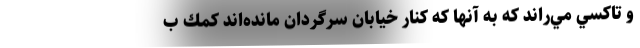
و تاكسي مي‌راند كه به آنها كه كنار خيابان سرگردان مانده‌اند كمك ب